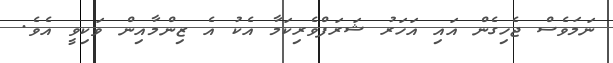
ނަމަވެސް ޖެހިގެން އައި އަހަރު ޝަރަފްވެރިކަމާ އެކު އެ ޒިންމާއިން ވަކިވީ އެވެ.